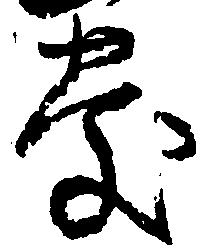
慶